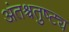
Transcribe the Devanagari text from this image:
अंतश्चतुष्ट्य